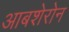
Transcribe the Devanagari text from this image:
आबशेरोन